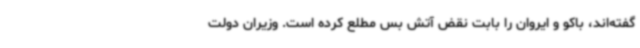
گفته‌اند، باکو و ایروان را بابت نقض آتش بس مطلع کرده است. وزیران دولت